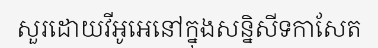
សួរដោយវីអូអេនៅក្នុងសន្និសីទកាសែត